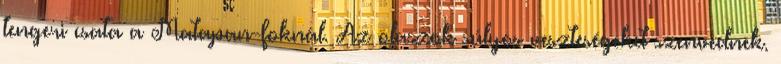
tengeri csata a Matapan-foknál. Az olaszok súlyos veszteségeket szenvednek.